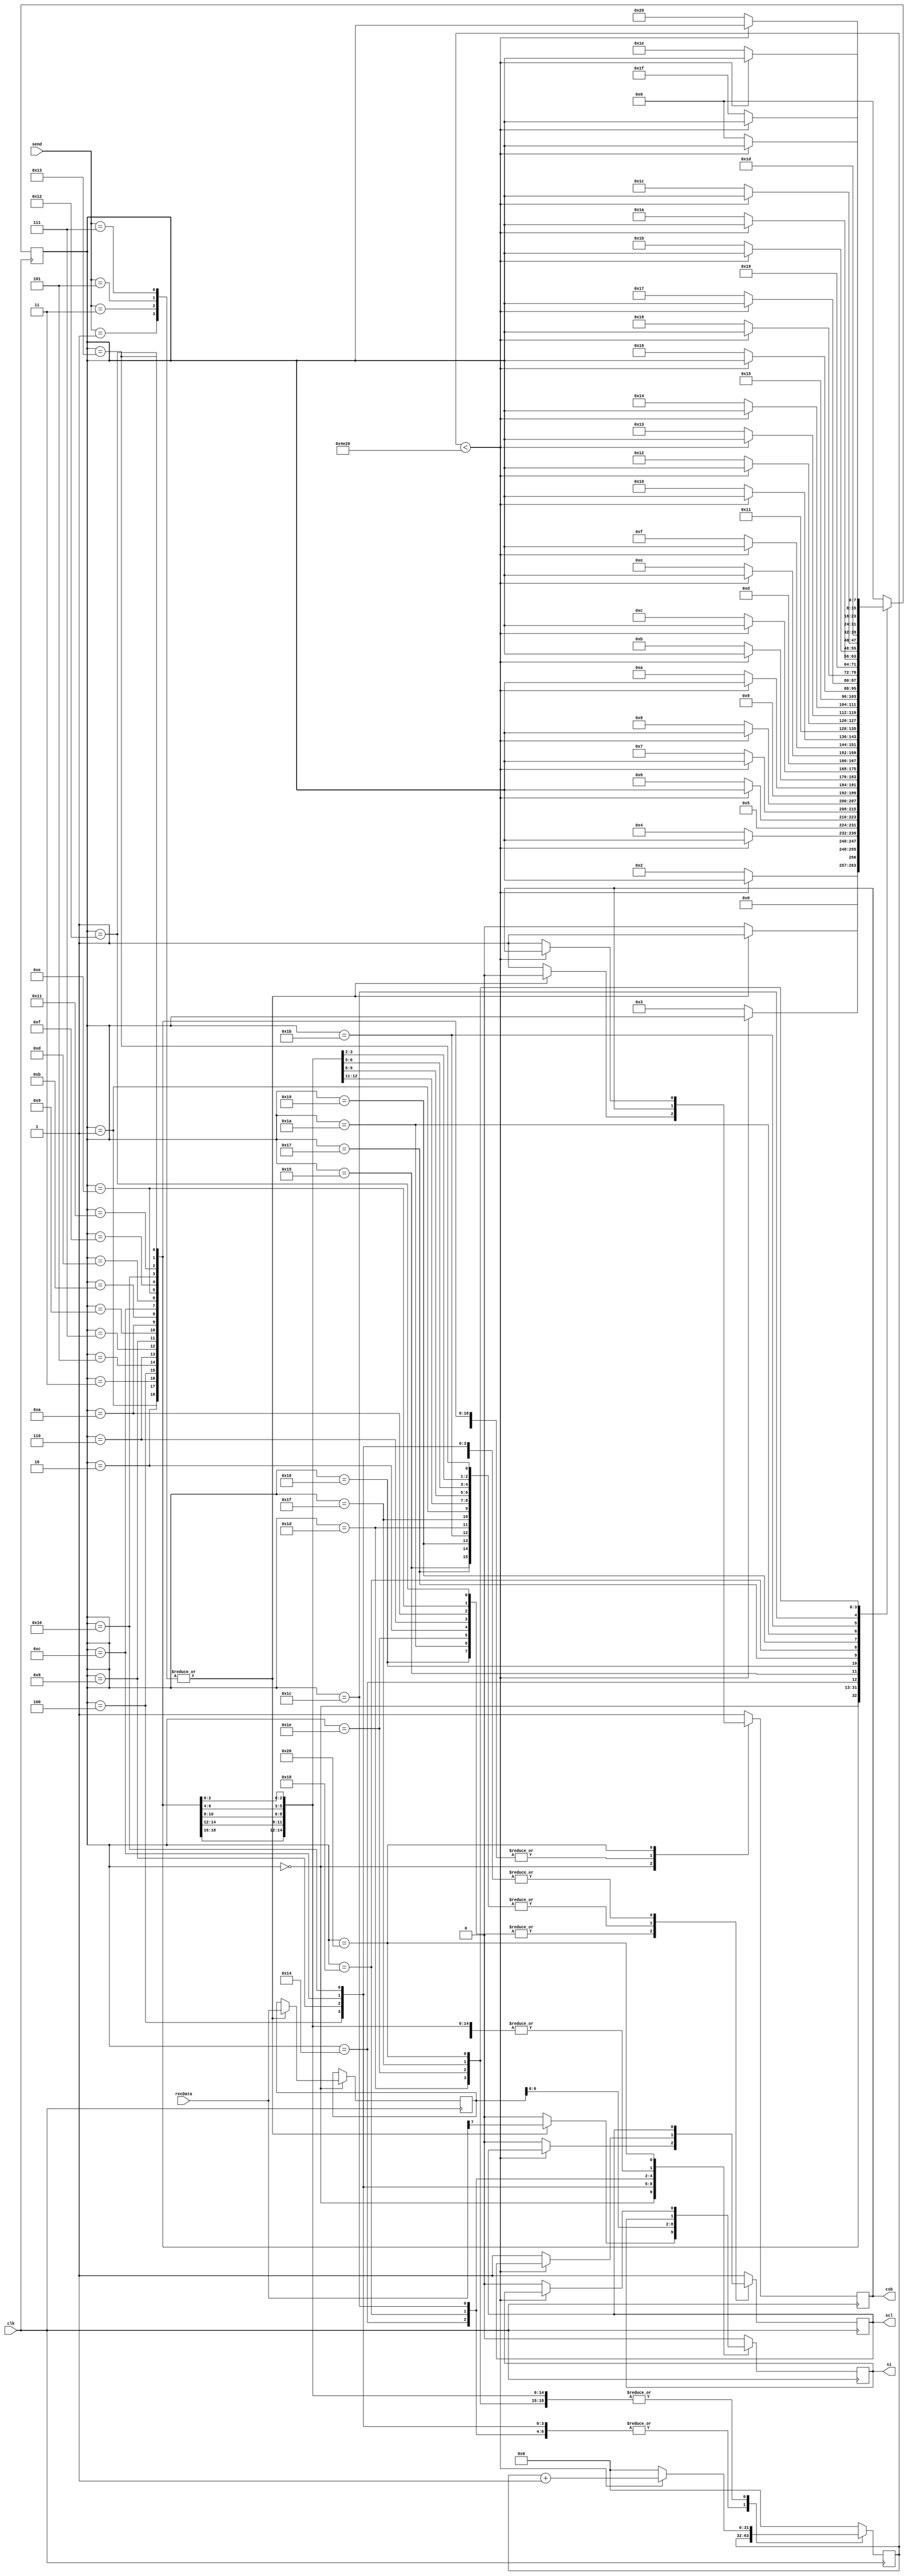
// Created by Steven Olmschenk (1) and revised by Isaiah Morgenstern (2)
// (1) Denison University, Olmschenk Research Group
// (2) University of Oklahoma, Schwettmann Research Group

// Module Name:
// lcd_write

// Project Name:
// dds_driver

// Target Devices:
// DE0-CV Cyclone V FPGA board


// Notes:
// Module that sends a data string to the LCD.

module lcd_write(clk,
				 recData,
				 send,
				 csb,
				 scl,
				 si);

input			clk;
input	[7:0]	recData;
input	[2:0]	send;

output				csb;		// drives CSB pin on LCD:  active low chip select signal
output				scl;		// drives SCL pin on LCD:  serial clock (less than 3 MHz)
output				si;		// drives SI  pin on LCD:  serial input data

reg					csb;		// output:  register for csb (above)
reg					scl;		// output:  register for scl (above)
reg					si;		// output:  register for si (above)
reg		[7:0]		data;		// stores received data (recData) at time of write initialization
reg		[31:0]	waitCnt;	// counts how many clock cycles we've waited for the scl tick-tock-tick
reg		[7:0]		status;	// status of the LCD write operation

parameter		waitTime	= 20000;	// number of clock cycles to give "ticks" for scl

always @(posedge clk)
	case (status)
		0:	// Look for write trigger
			case (send)
				3'b001:	// send instruction bits
					begin
						csb		<= 0;
						scl		<= 1;
						si		<= recData[7];	// get MSB of data ready
						data	<= recData;		// store all 8 bits of data
						waitCnt	<= 0;
						status	<= 1;
					end
				3'b011: // send data bits
					begin
						csb		<= 0;
						scl		<= 1;
						si		<= recData[7];	// get MSB of data ready
						data	<= recData;		// store all 8 bits of data
						waitCnt	<= 0;
						status	<= 1;
					end
				3'b101: // reset
					begin
						csb		<= 0;
						scl		<= 1;
						si		<= recData[7];
						data	<= recData;
						waitCnt	<= 0;
						status	<= 1;
					end
				3'b111: // reset
					begin
						csb		<= 0;
						scl		<= 1;
						si		<= recData[7];
						data	<= recData;
						waitCnt	<= 0;
						status	<= 1;
					end
				default:
					begin
						csb		<= 1;
						scl		<= 1;
						si		<= 0;
						waitCnt	<= 0;
						status	<= 4'h0;
					end
			endcase
		1:	// scl (tick)
			begin
				if	(waitCnt	< waitTime)	waitCnt	<= waitCnt + 1;
				else
					begin
						waitCnt	<= 0;
						scl		<= 1;
						status	<= 2;
					end	
			end
		2:	// scl (tock)
			begin
				if	(waitCnt	< waitTime)	waitCnt	<= waitCnt + 1;
				else
					begin
						waitCnt	<= 0;
						scl		<= 0;
						status	<= 3;
					end	
			end
		3:	// scl (tock)
			begin
				if	(waitCnt	< waitTime)	waitCnt	<= waitCnt + 1;
				else
					begin
						waitCnt	<= 0;
						scl		<= 1;
						status	<= 4;
					end	
			end
		4:	// bit 6
			begin
				si		<= data[6];
				status	<= 5;
			end
		5:	// scl (tick)
			begin
				if	(waitCnt	< waitTime)	waitCnt	<= waitCnt + 1;
				else
					begin
						waitCnt	<= 0;
						scl		<= 1;
						status	<= 6;
					end	
			end
		6:	// scl (tock)
			begin
				if	(waitCnt	< waitTime)	waitCnt	<= waitCnt + 1;
				else
					begin
						waitCnt	<= 0;
						scl		<= 0;
						status	<= 7;
					end	
			end
		7:	// scl (tock)
			begin
				if	(waitCnt	< waitTime)	waitCnt	<= waitCnt + 1;
				else
					begin
						waitCnt	<= 0;
						scl		<= 1;
						status	<= 8;
					end	
			end
		8:	// bit 5
			begin
				si		<= data[5];
				status	<= 9;
			end
		9:	// scl (tick)
			begin
				if	(waitCnt	< waitTime)	waitCnt	<= waitCnt + 1;
				else
					begin
						waitCnt	<= 0;
						scl		<= 1;
						status	<= 10;
					end	
			end
		10:	// scl (tock)
			begin
				if	(waitCnt	< waitTime)	waitCnt	<= waitCnt + 1;
				else
					begin
						waitCnt	<= 0;
						scl		<= 0;
						status	<= 11;
					end	
			end
		11:	// scl (tock)
			begin
				if	(waitCnt	< waitTime)	waitCnt	<= waitCnt + 1;
				else
					begin
						waitCnt	<= 0;
						scl		<= 1;
						status	<= 12;
					end	
			end
		12:	// bit 4
			begin
				si		<= data[4];
				status	<= 13;
			end
		13:	// scl (tick)
			begin
				if	(waitCnt	< waitTime)	waitCnt	<= waitCnt + 1;
				else
					begin
						waitCnt	<= 0;
						scl		<= 1;
						status	<= 14;
					end	
			end
		14:	// scl (tock)
			begin
				if	(waitCnt	< waitTime)	waitCnt	<= waitCnt + 1;
				else
					begin
						waitCnt	<= 0;
						scl		<= 0;
						status	<= 15;
					end	
			end
		15:	// scl (tock)
			begin
				if	(waitCnt	< waitTime)	waitCnt	<= waitCnt + 1;
				else
					begin
						waitCnt	<= 0;
						scl		<= 1;
						status	<= 16;
					end	
			end
		16:	// bit 3
			begin
				si		<= data[3];
				status	<= 17;
			end
		17:	// scl (tick)
			begin
				if	(waitCnt	< waitTime)	waitCnt	<= waitCnt + 1;
				else
					begin
						waitCnt	<= 0;
						scl		<= 1;
						status	<= 18;
					end	
			end
		18:	// scl (tock)
			begin
				if	(waitCnt	< waitTime)	waitCnt	<= waitCnt + 1;
				else
					begin
						waitCnt	<= 0;
						scl		<= 0;
						status	<= 19;
					end	
			end
		19:	// scl (tock)
			begin
				if	(waitCnt	< waitTime)	waitCnt	<= waitCnt + 1;
				else
					begin
						waitCnt	<= 0;
						scl		<= 1;
						status	<= 20;
					end	
			end
		20:	// bit 2
			begin
				si		<= data[2];
				status	<= 21;
			end
		21:	// scl (tick)
			begin
				if	(waitCnt	< waitTime)	waitCnt	<= waitCnt + 1;
				else
					begin
						waitCnt	<= 0;
						scl		<= 1;
						status	<= 22;
					end	
			end
		22:	// scl (tock)
			begin
				if	(waitCnt	< waitTime)	waitCnt	<= waitCnt + 1;
				else
					begin
						waitCnt	<= 0;
						scl		<= 0;
						status	<= 23;
					end	
			end
		23:	// scl (tock)
			begin
				if	(waitCnt	< waitTime)	waitCnt	<= waitCnt + 1;
				else
					begin
						waitCnt	<= 0;
						scl		<= 1;
						status	<= 24;
					end	
			end
		24:	// bit 1
			begin
				si		<= data[1];
				status	<= 25;
			end
		25:	// scl (tick)
			begin
				if	(waitCnt	< waitTime)	waitCnt	<= waitCnt + 1;
				else
					begin
						waitCnt	<= 0;
						scl		<= 1;
						status	<= 26;
					end	
			end
		26:	// scl (tock)
			begin
				if	(waitCnt	< waitTime)	waitCnt	<= waitCnt + 1;
				else
					begin
						waitCnt	<= 0;
						scl		<= 0;
						status	<= 27;
					end	
			end
		27:	// scl (tock)
			begin
				if	(waitCnt	< waitTime)	waitCnt	<= waitCnt + 1;
				else
					begin
						waitCnt	<= 0;
						scl		<= 1;
						status	<= 28;
					end	
			end
		28:	// bit 0
			begin
				si		<= data[0];
				status	<= 29;
			end
		29:	// scl (tick)
			begin
				if	(waitCnt	< waitTime)	waitCnt	<= waitCnt + 1;
				else
					begin
						waitCnt	<= 0;
						scl		<= 1;
						status	<= 30;
					end	
			end
		30:	// scl (tock)
			begin
				if	(waitCnt	< waitTime)	waitCnt	<= waitCnt + 1;
				else
					begin
						waitCnt	<= 0;
						scl		<= 0;
						status	<= 31;
					end	
			end
		31:	// scl (tock)
			begin
				if	(waitCnt	< waitTime)	waitCnt	<= waitCnt + 1;
				else
					begin
						waitCnt	<= 0;
						scl		<= 1;
						status	<= 32;
					end	
			end
		32:	// clean-up
			begin
				if	(waitCnt	< waitTime)	waitCnt	<= waitCnt + 1;
				else
					begin
						waitCnt	<= 0;
						csb		<= 1;
						si		<= 0;
						status	<= 0;
					end	
			end
		default:
			begin
				csb		<= 1;
				scl		<= 1;
				si		<= 0;
				waitCnt	<= 0;
				status	<= 0;
			end
	endcase

endmodule